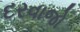
દરવાજો